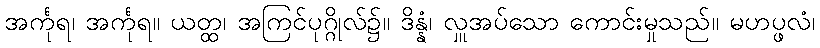
အင်္ကုရ၊ အင်္ကုရ။ ယတ္ထ၊ အကြင်ပုဂ္ဂိုလ်၌။ ဒိန္နံ၊ လှူအပ်သော ကောင်းမှုသည်။ မဟပ္ဖလံ၊